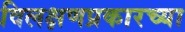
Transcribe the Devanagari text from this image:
विलक्षणप्रकारच्या